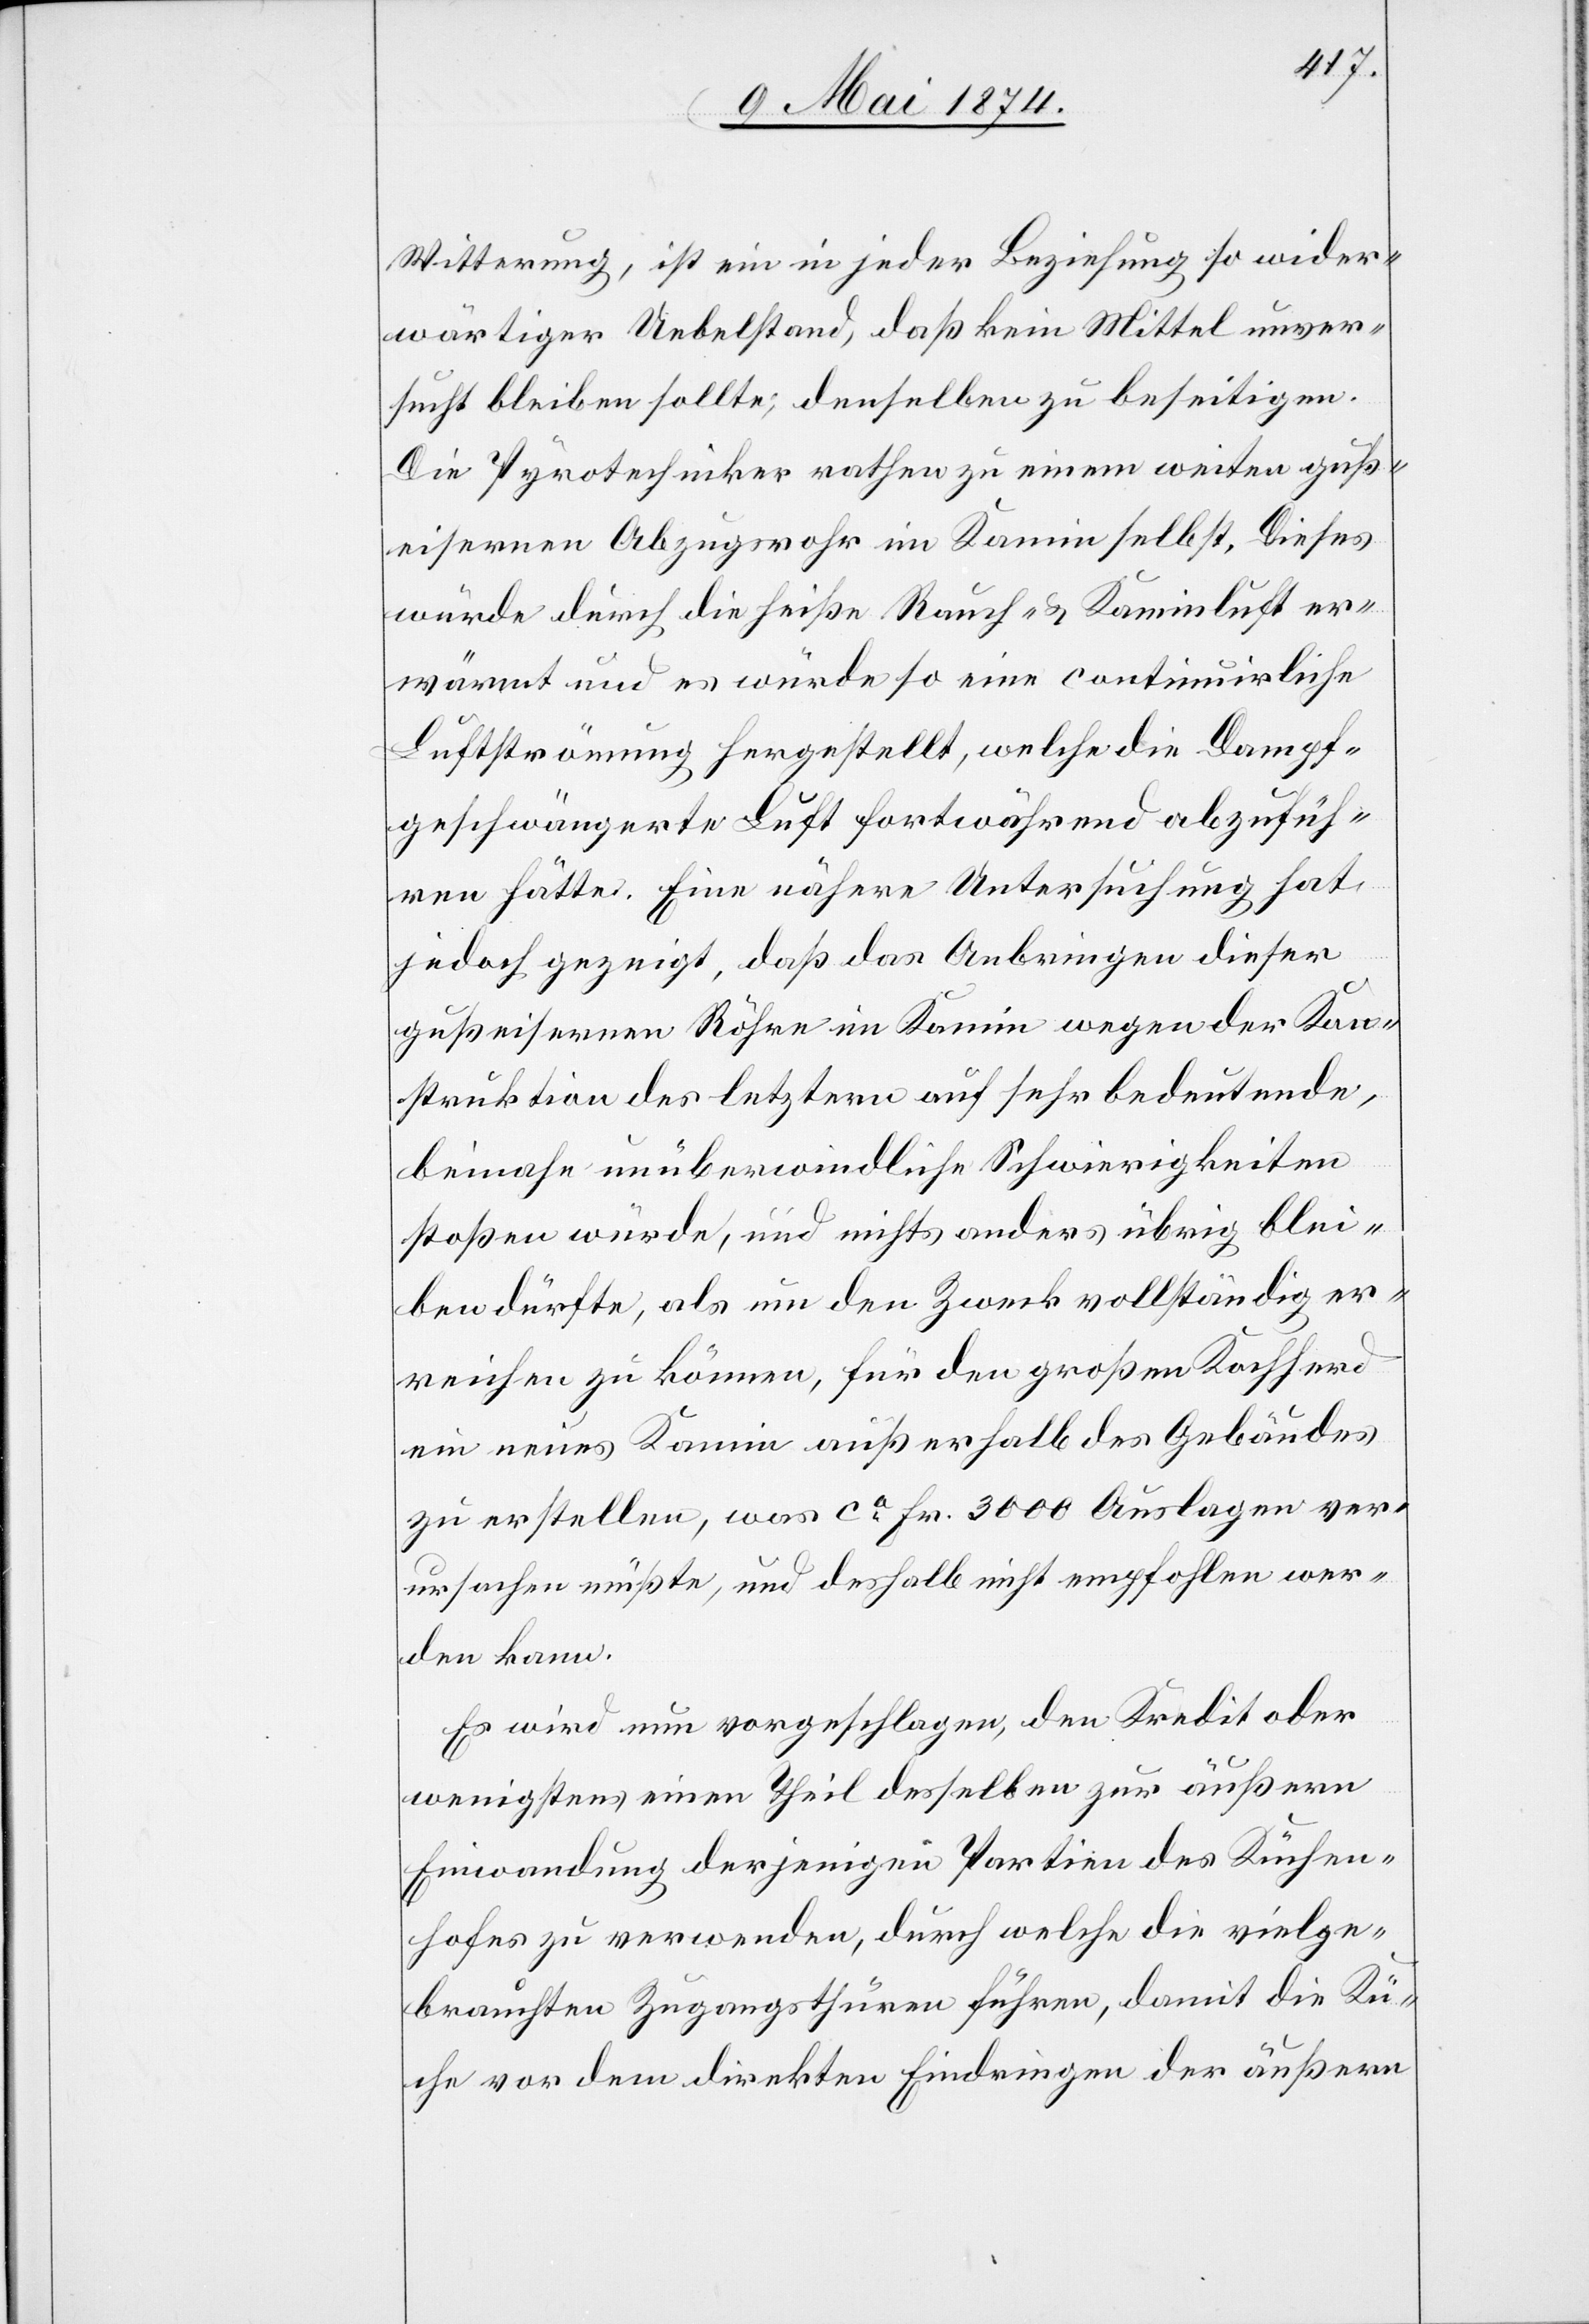
Witterung, ist ein in jeder Beziehung so wider¬
wärtiger Uebelstand, daß kein Mittel unver¬
sucht bleiben sollte, denselben zu beseitigen.
Die Pyrotechniker rathen zu einem weiten guß¬
eisernen Abzugsrohr im Kamin selbst. Dieses
würde durch die heiße Rauch- u. Kaminluft er¬
wärmt und es würde so eine continuirliche
Luftströmung hergestellt, welche die Dampf¬
geschwängerte Luft fortwährend abzufüh¬
ren hätte. Eine nähere Untersuchung hat
jedoch gezeigt, daß das Anbringen dieser
gußeisernen Röhre im Kamin wegen der Kon¬
struktion des letztern auf sehr bedeutende,
beinahe unüberwindliche Schwierigkeiten
stoßen würde, und nichts anderes übrig blei¬
ben dürfte, als um den Zweck vollständig er¬
reichen zu können, für den großen Kochherd
ein neues Kamin außerhalb des Gebäudes
zu erstellen, was ca Fr. 3000 Auslagen ver¬
ursachen müßte, und deshalb nicht empfohlen wer¬
den kann.
Es wird nun vorgeschlagen, den Kredit oder
wenigstens einen Theil desselben zur äußeren
Einwandung derjenigen Partien des Küchen¬
hofes zu verwenden, durch welche die vielge¬
brauchten Zugangsthüren führen, damit die Kü¬
che vor dem direkten Eindringen der äußern